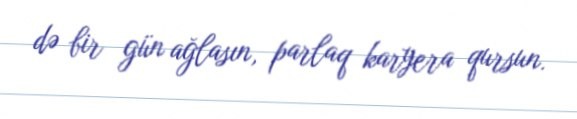
də bir gün ağlasın, parlaq karyera qursun.